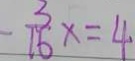
- \frac { 3 } { 1 6 } x = 4